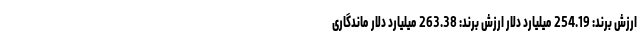
ارزش برند: 254.19 میلیارد دلار ارزش برند: 263.38 میلیارد دلار ماندگاری